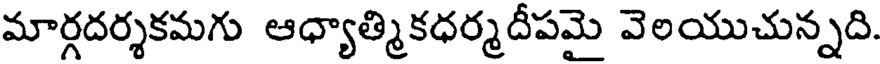
మార్గదర్శకమగు ఆధ్యాత్మికధర్మదీపమై వెలయుచున్నది.